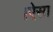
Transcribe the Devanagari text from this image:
।ऐसा